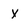
Character: x